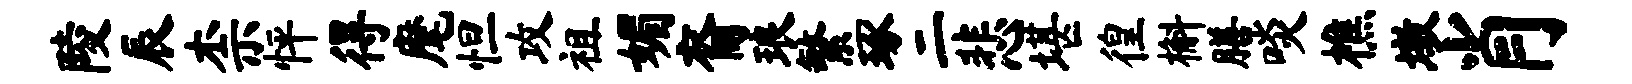
陵辰柰怦得麾怛攻祖媚裔琅繁琢二悲堪徨槲膳啖樵墩肖